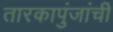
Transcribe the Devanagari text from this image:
तारकापुंजांची